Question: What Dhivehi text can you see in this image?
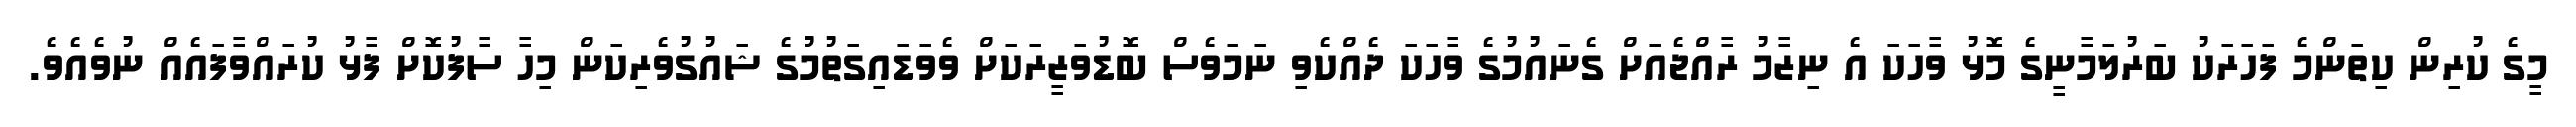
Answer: މީގެ ކުރިން ކިތަންމެ ފަހަރަކު ބަރުލަމާނީގެ މޮޅު ވާހަކަ އެ ނިޒާމު ރާއްޖެއަށް ގެނައުމުގެ ވާހަކަ ދެއްކެވި ނަމަވެސް ބޮޑުވަޒީރަކަށް ވެވަޑައިގަތުމުގެ ޝައުގުވެރިކަން މިހާ ސާފުކޮށް ފާޅު ކުރައްވާފައެއް ނުވެއެވެ.